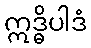
ဣဒ္ဓိပါဒံ